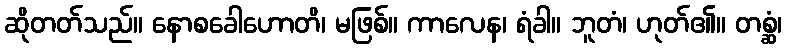
ဆိုတတ်သည်။ နောစခေါဟောတိ၊ မဖြစ်။ ကာလေန၊ ရံခါ။ ဘူတံ၊ ဟုတ်၏။ တစ္ဆံ၊